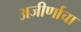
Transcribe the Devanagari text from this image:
अजीर्णाचा